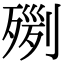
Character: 𣨸